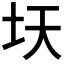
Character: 𫭛